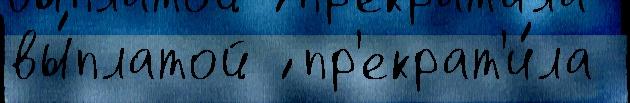
вы́платой ́ пр'екрат'и́ла